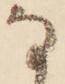
な